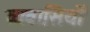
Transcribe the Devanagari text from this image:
व्यवासियों